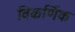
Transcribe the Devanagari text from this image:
विकर्णिक